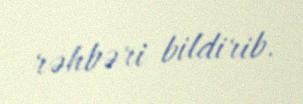
rəhbəri bildirib.